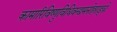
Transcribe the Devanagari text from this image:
कामारिविष्णुविधिवन्द्यमनोहराङ्घ्रेः